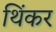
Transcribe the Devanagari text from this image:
थिंकर